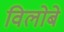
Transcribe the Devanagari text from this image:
विलोबे